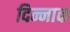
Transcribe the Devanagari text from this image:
दिन्नाक